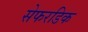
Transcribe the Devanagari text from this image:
सेफरडिक